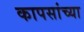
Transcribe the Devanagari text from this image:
कापसांच्या